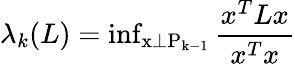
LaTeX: \lambda_{k}(L)=\mathrm{inf_{x\perp P_{k-1}}\, }\frac{x^{T}Lx}{x^{T}x}